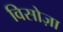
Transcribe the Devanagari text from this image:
विसोज़ा